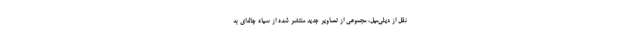
نقل از دیلی‌میل، مجموعی از تصاویر جدید منتشر شده از سیاه چاله‌ای به